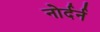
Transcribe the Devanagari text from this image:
नोर्दर्न